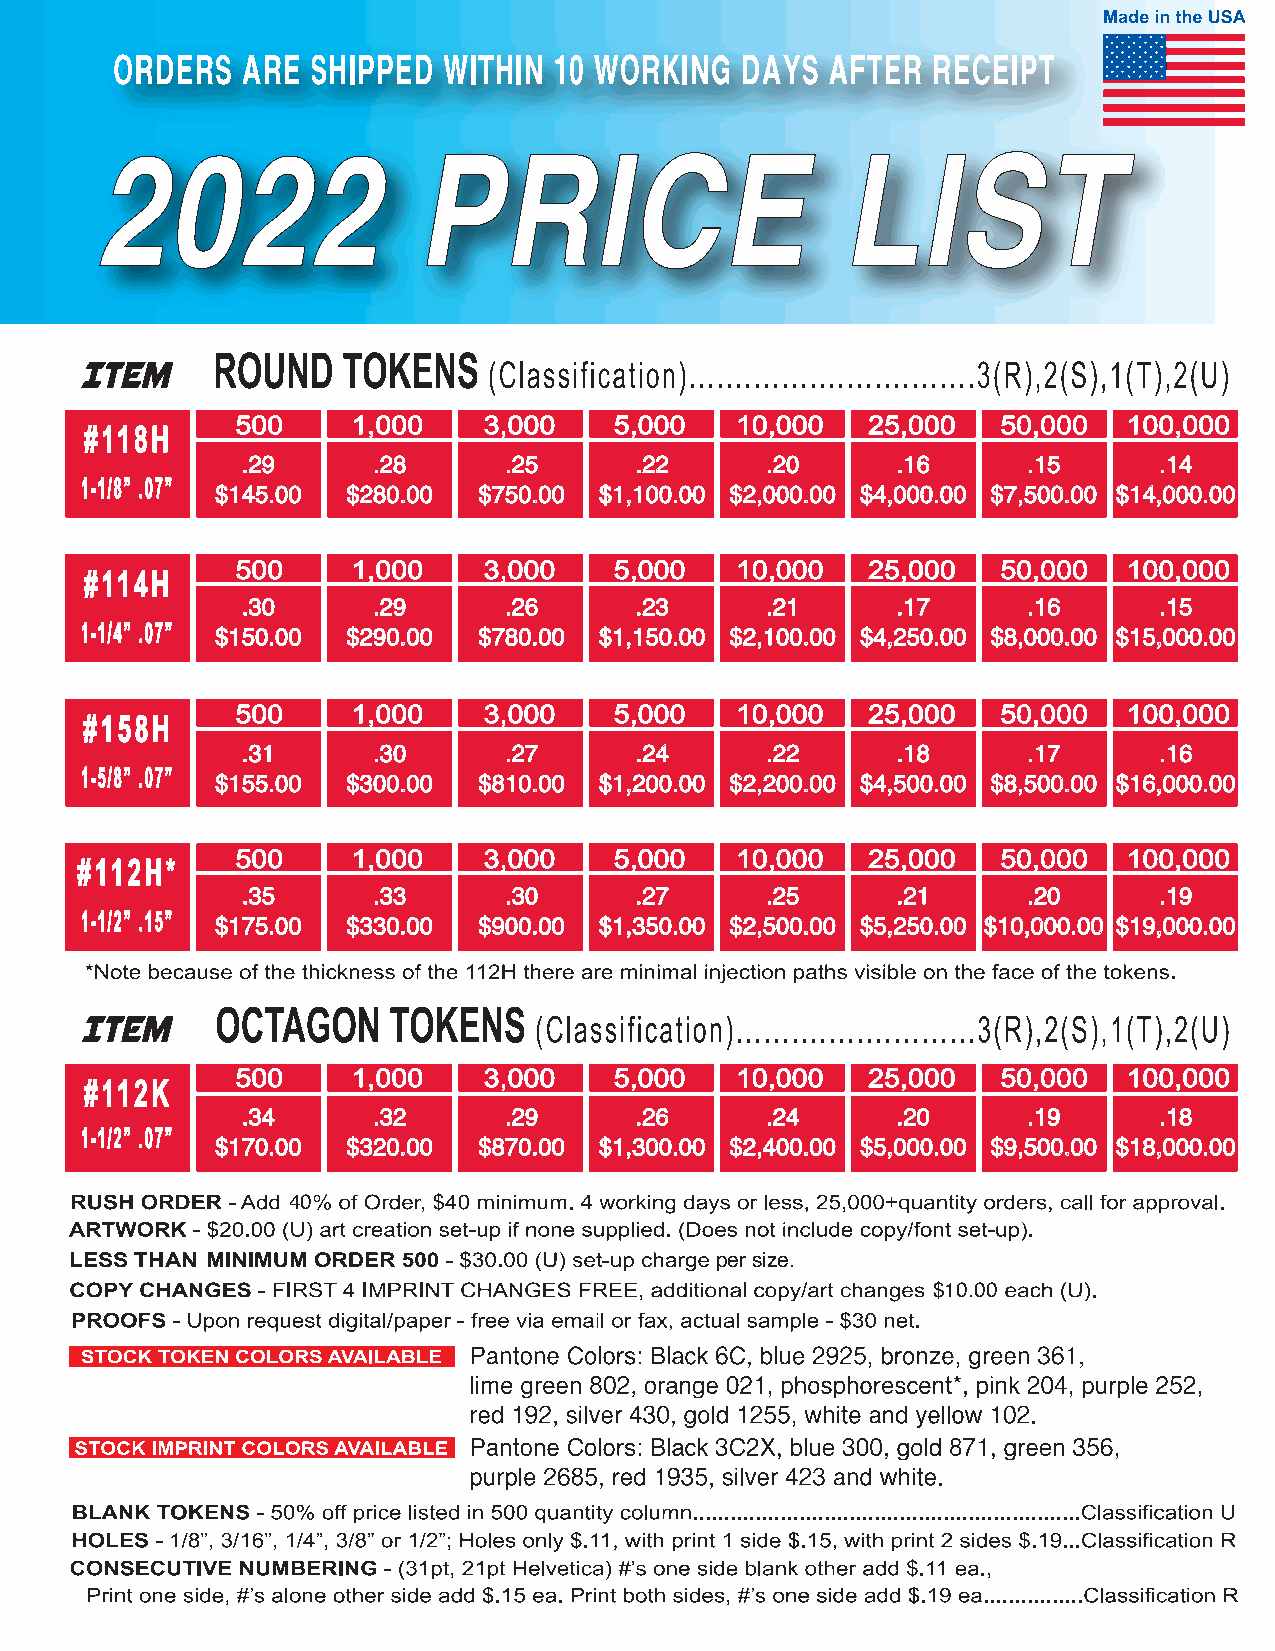
2022                  PRICE                       LIST
 .29      .28     .25      .22      .20     .16      .15      .14
 $145.00  $280.00  $750.00 $1,100.00 $2,000.00 $4,000.00 $7,500.00 $14,000.00
 .30      .29     .26      .23      .21     .17      .16      .15
 $150.00  $290.00  $780.00 $1,150.00 $2,100.00 $4,250.00 $8,000.00 $15,000.00
 .31      .30     .27      .24      .22     .18      .17      .16
 $155.00  $300.00  $810.00 $1,200.00 $2,200.00 $4,500.00 $8,500.00 $16,000.00
 .35      .33     .30      .27      .25     .21      .20      .19
 $175.00  $330.00  $900.00 $1,350.00 $2,500.00 $5,250.00 $10,000.00 $19,000.00
 .34      .32     .29      .26      .24     .20      .19      .18
 $170.00  $320.00  $870.00 $1,300.00 $2,400.00 $5,000.00 $9,500.00 $18,000.00
 40
 LESS THAN                                 per size.
 $10.00